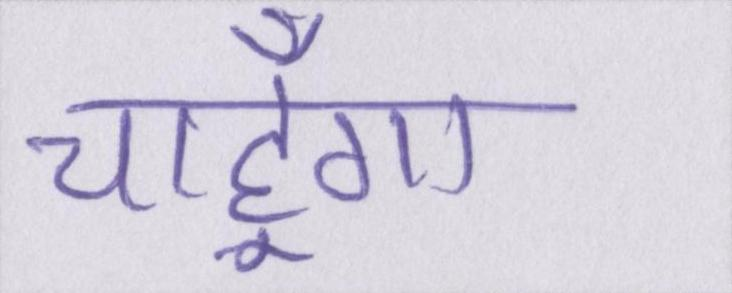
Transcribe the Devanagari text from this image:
चाहूँगा